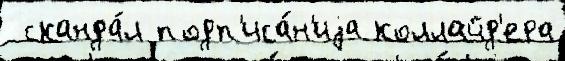
 сканда́л подп'иса́н'иjа коллайд'ера